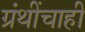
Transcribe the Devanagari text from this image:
ग्रंथींचाही